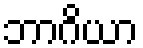
ဘာဂိယာ